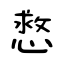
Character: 慦